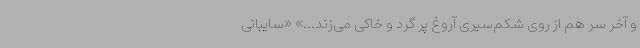
و آخر سر هم از روی شکم‌سیری آروغ پر گرد و خاکی می‌زند...» «سایبانی